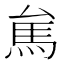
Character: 𱄑